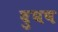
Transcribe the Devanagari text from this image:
दुघष